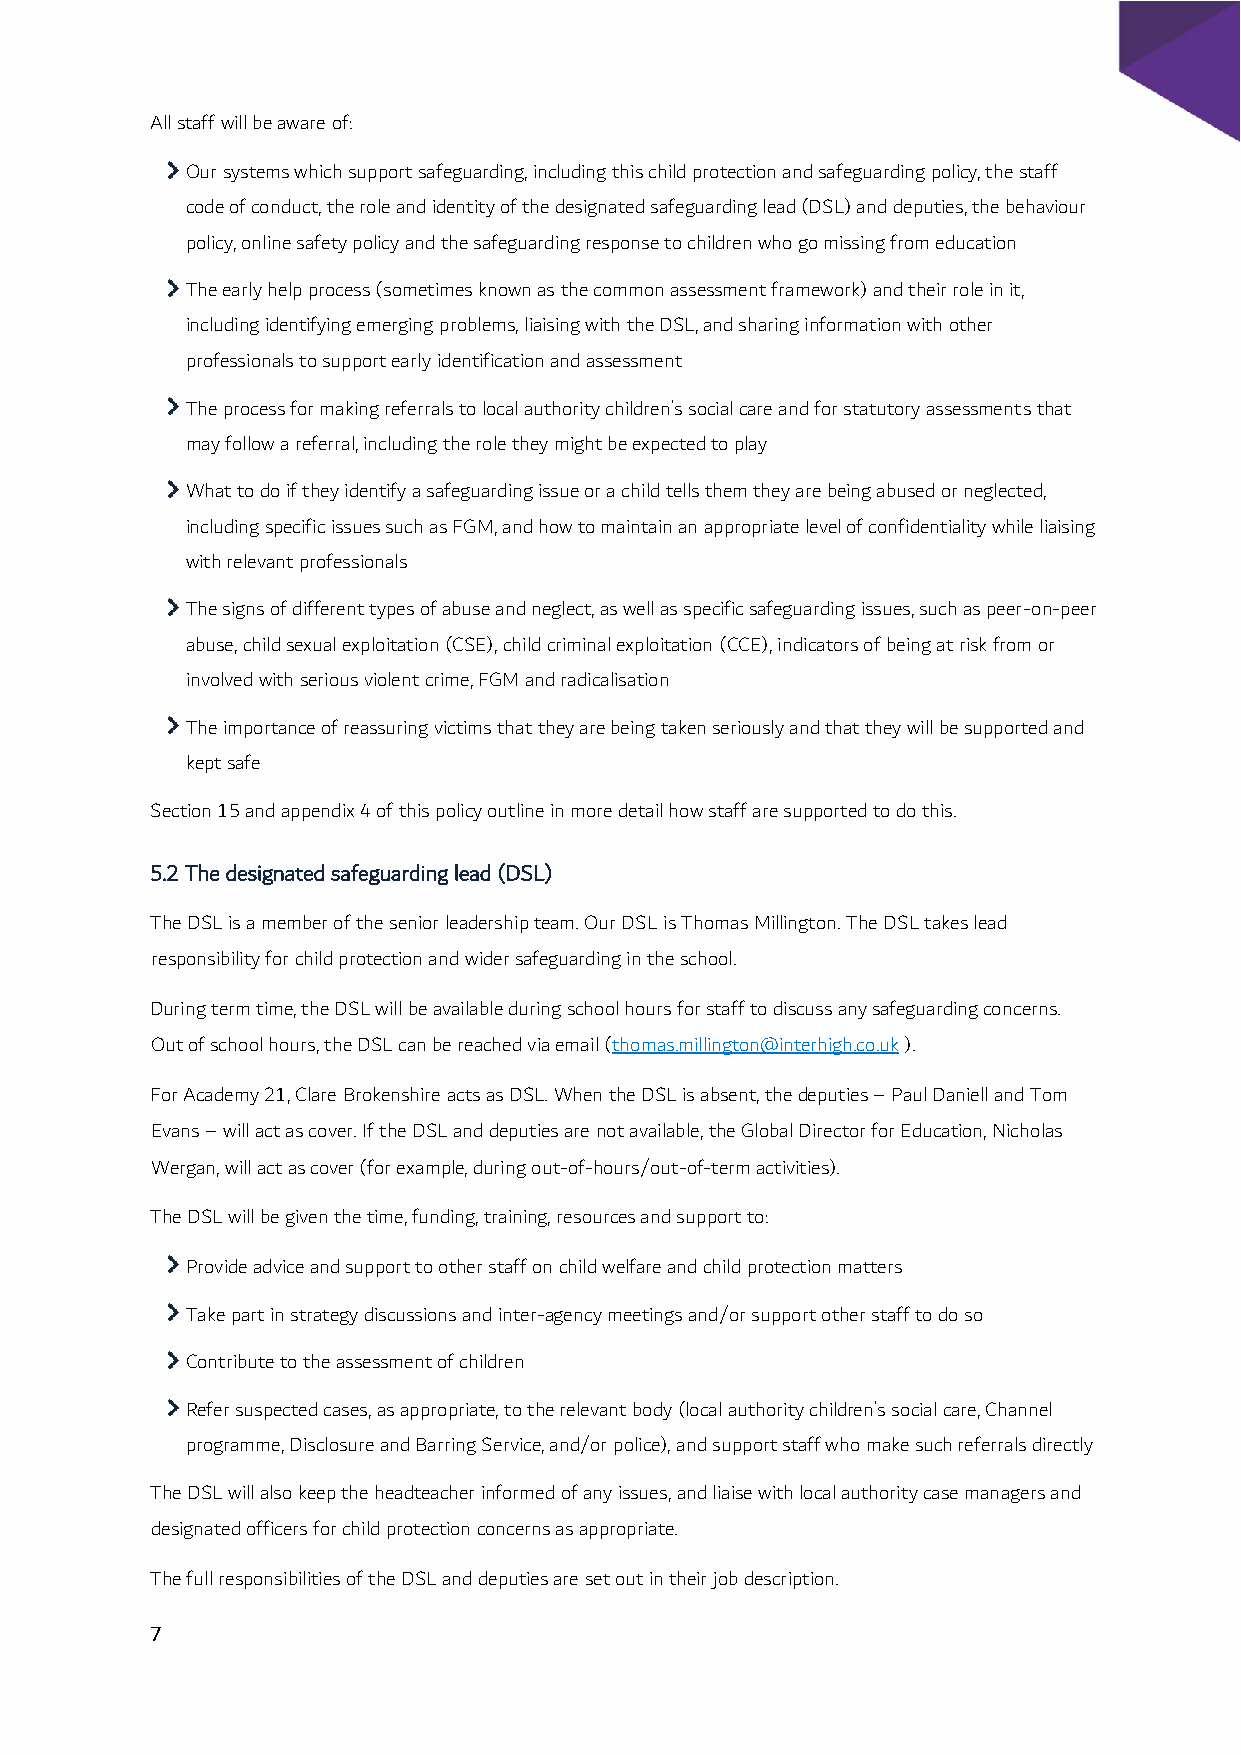
All staff will be aware of:
 Our systems which support safeguarding, including this child protection and safeguarding policy, the staff
 code of conduct, the role and identity of the designated safeguarding lead (DSL) and deputies, the behaviour
 policy, online safety policy and the safeguarding response to children who go missing from education
 The early help process (sometimes known as the common assessment framework) and their role in it,
 including identifying emerging problems, liaising with the DSL, and sharing information with other
 professionals to support early identification and assessment
 The process for making referrals to local authority children’s social care and for statutory assessments that
 may follow a referral, including the role they might be expected to play
 What to do if they identify a safeguarding issue or a child tells them they are being abused or neglected,
 including specific issues such as FGM, and how to maintain an appropriate level of confidentiality while liaising
 with relevant professionals
 The signs of different types of abuse and neglect, as well as specific safeguarding issues, such as peer-on-peer
 abuse, child sexual exploitation (CSE), child criminal exploitation (CCE), indicators of being at risk from or
 involved with serious violent crime, FGM and radicalisation
 The importance of reassuring victims that they are being taken seriously and that they will be supported and
 kept safe
 Section 15 and appendix 4 of this policy outline in more detail how staff are supported to do this.
 5.2 The designated safeguarding lead (DSL)
 The DSL is a member of the senior leadership team. Our DSL is Thomas Millington. The DSL takes lead
 responsibility for child protection and wider safeguarding in the school.
 During term time, the DSL will be available during school hours for staff to discuss any safeguarding concerns.
 Out of school hours, the DSL can be reached via email (thomas.millington@interhigh.co.uk ).
 For Academy 21, Clare Brokenshire acts as DSL. When the DSL is absent, the deputies – Paul Daniell and Tom
 Evans – will act as cover. If the DSL and deputies are not available, the Global Director for Education, Nicholas
 Wergan, will act as cover (for example, during out-of-hours/out-of-term activities).
 The DSL will be given the time, funding, training, resources and support to:
 Provide advice and support to other staff on child welfare and child protection matters
 Take part in strategy discussions and inter-agency meetings and/or support other staff to do so
 Contribute to the assessment of children
 Refer suspected cases, as appropriate, to the relevant body (local authority children’s social care, Channel
 programme, Disclosure and Barring Service, and/or police), and support staff who make such referrals directly
 The DSL will also keep the headteacher informed of any issues, and liaise with local authority case managers and
 designated officers for child protection concerns as appropriate.
 The full responsibilities of the DSL and deputies are set out in their job description.
 7